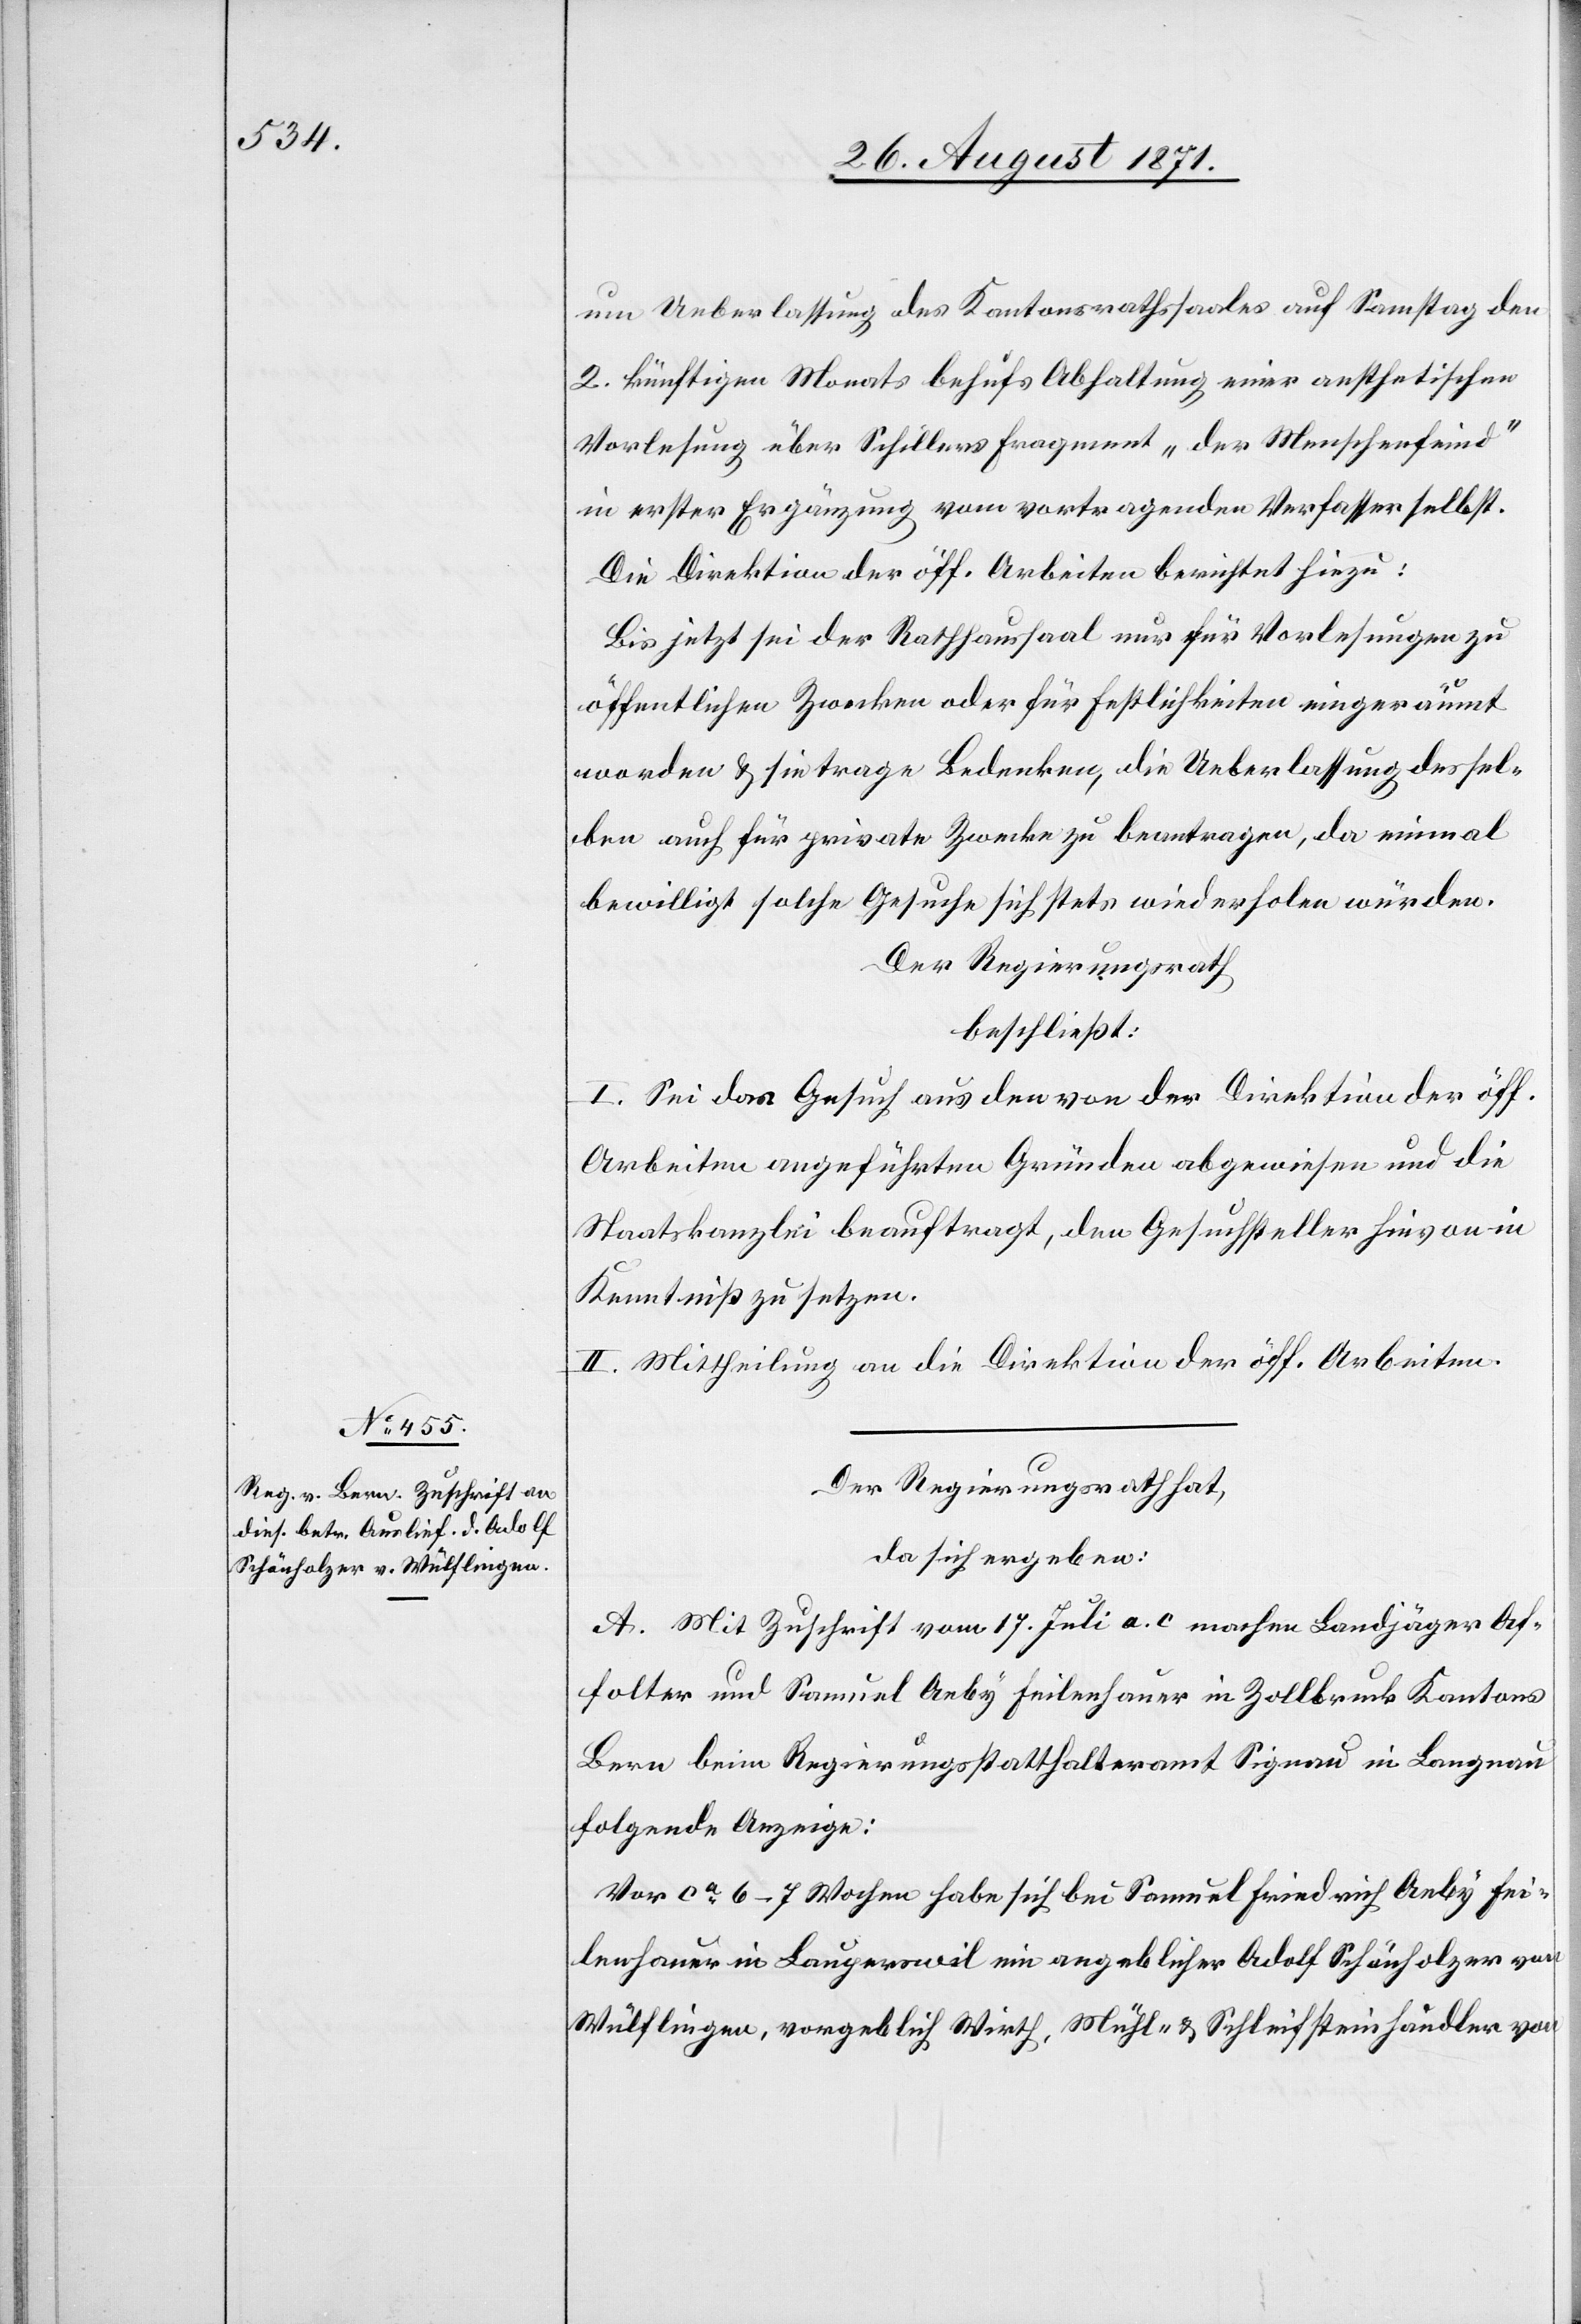
28. August 1871.]
um Ueberlassung des Kantonsrathssaals auf Samstag den
2. künftigen Monats behufs Abhaltung einer aesthetischen
Vorlesung über Schillers Fragment „der Menschenfeind“
in erster Ergänzung vom vortragenden Verfasser selbst.
Die Direktion der öff. Arbeiten berichtet hiezu:
Bis jetzt sei der Rathhaussaal nur für Vorlesungen zu
öffentlichen Zwecken oder für Festlichkeiten eingeräumt
worden & sie trage Bedenken, die Ueberlassung dessel¬
ben auch für private Zwecke zu beantragen, da einmal
bewilligt solche Gesuche sich stets wiederholen würden.
Der Regierungsrath
beschließt:
I. Sei das Gesuch aus den von der Direktion der öff.
Arbeiten angeführten Gründen abgewiesen und die
Staatskanzlei beauftragt, den Gesuchsteller hirvon in
Kenntniß zu setzen.
II. Mittheilung an die Direktion der öff. Arbeiten.
Der Regierungsrath hat,
da sich ergeben:
A. Mit Zuschrift vom 17. Juli a. c. machen Landjäger Af¬
folter und Samuel Aeby Feilenhauer in Zollbruck Kantons
Bern beim Regierungsstatthalteramt Signau in Langnau
folgende Anzeige:
Vor ca 6–7 Wochen habe sich bei Samuel Friedrich Aeby Fei¬
lenhauer in Lauperswil ein angeblicher Adolf Schönholzer von
Wülflingen, vorgeblich Wirth, Mühl- & Schleifsteinhändler von